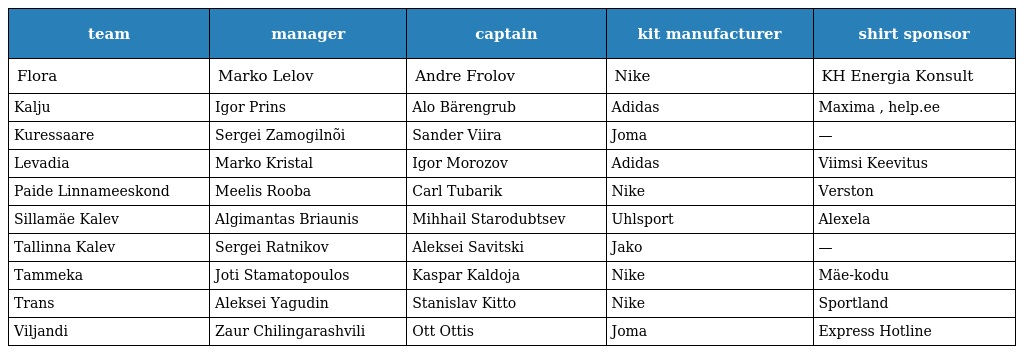
| team | manager | captain | kit manufacturer | shirt sponsor |
 | --- | --- | --- | --- | --- |
 | Flora | Marko Lelov | Andre Frolov | Nike | KH Energia Konsult |
 | Kalju | Igor Prins | Alo Bärengrub | Adidas | Maxima , help.ee |
 | Kuressaare | Sergei Zamogilnõi | Sander Viira | Joma | — |
 | Levadia | Marko Kristal | Igor Morozov | Adidas | Viimsi Keevitus |
 | Paide Linnameeskond | Meelis Rooba | Carl Tubarik | Nike | Verston |
 | Sillamäe Kalev | Algimantas Briaunis | Mihhail Starodubtsev | Uhlsport | Alexela |
 | Tallinna Kalev | Sergei Ratnikov | Aleksei Savitski | Jako | — |
 | Tammeka | Joti Stamatopoulos | Kaspar Kaldoja | Nike | Mäe-kodu |
 | Trans | Aleksei Yagudin | Stanislav Kitto | Nike | Sportland |
 | Viljandi | Zaur Chilingarashvili | Ott Ottis | Joma | Express Hotline |